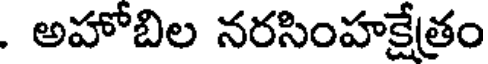
. అహోబిల నరసింహక్షేత్రం